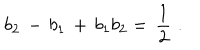
LaTeX: b _ { 2 } \, - \, b _ { 1 } \, + \, b _ { 1 } b _ { 2 } = \, { \frac { 1 } { 2 } } \, \, .